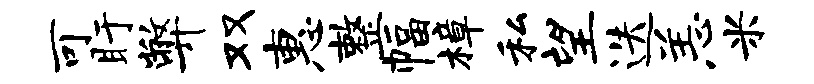
可盱弊双惠整幅樟私望迭恙米